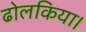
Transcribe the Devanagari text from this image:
ढोलकिया।